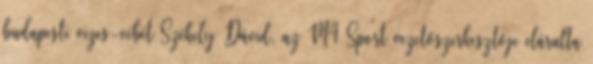
budapesti vizes-vébét Székely Dávid, az M4 Sport vezetőszerkesztője elárulta